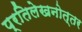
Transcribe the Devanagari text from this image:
प्रतिलेखनोत्तर